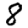
Digit: 8